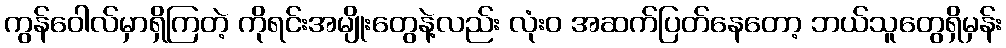
ကွန်ဝေါလ်မှာရှိကြတဲ့ ကိုရင်းအမျိုးတွေနဲ့လည်း လုံးဝ အဆက်ပြတ်နေတော့ ဘယ်သူတွေရှိမှန်း